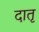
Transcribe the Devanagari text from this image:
दातृ